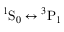
{ } ^ { 1 } \mathrm { S } _ { 0 } \leftrightarrow { } ^ { 3 } \mathrm { P } _ { 1 }